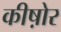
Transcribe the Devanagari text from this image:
कीष़ोर